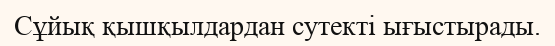
Сұйық қышқылдардан сутекті ығыстырады.